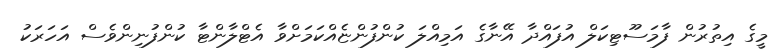
މީގެ އިތުރުން ފާމަސޫޓިކަލް އުފައްދާ އޭނާގެ އަމިއްލަ ކުންފުންޏެއްކަމަށްވާ އެޓްލާންޓާ ކުންފުނިންވެސް އަހަރަކު